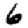
Digit: 6